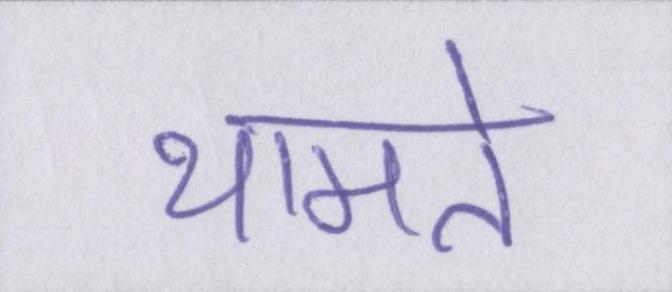
थामते